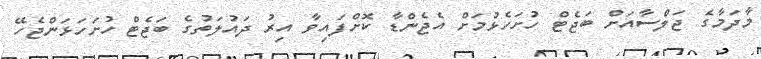
މާދަމާގެ ޖަލްސާއަށް ބަޖެޓް ހުށަހެޅުމަށް އެޖެންޑާ ކޮށްފައިވާ އިރު ދައުލަތުގެ ބަޖެޓް ހުށަހަޅަންޖެހޭ